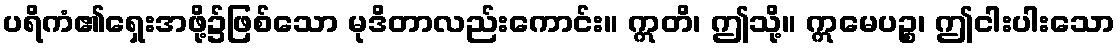
ပရိကံ၏ရှေးအဖို့၌ဖြစ်သော မုဒိတာလည်းကောင်း။ ဣတိ၊ ဤသို့။ ဣမေပဉ္စ၊ ဤငါးပါးသော